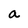
Character: a